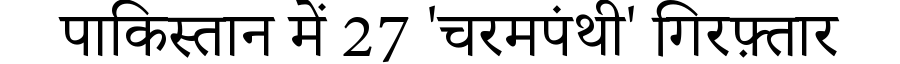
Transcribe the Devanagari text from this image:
पाकिस्तान में 27 'चरमपंथी' गिरफ़्तार